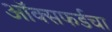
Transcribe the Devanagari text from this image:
ऑक्सफर्डचा